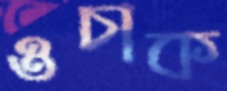
ওচাক